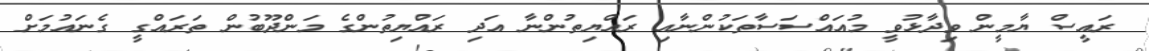
ރައީސް ޔާމީން ވިދާޅުވީ މުއައްސަސާތަކުންނާއި ރައްޔިތުންނާ އަދި ރައްޔިތުންގެ މަންދޫބުން ތަރައްގީ ގެނައުމަށް